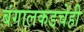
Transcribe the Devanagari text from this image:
बंगालकडचेही